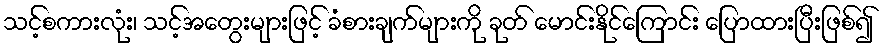
သင့်စကားလုံး၊ သင့်အတွေးများဖြင့် ခံစားချက်များကို ခုတ် မောင်းနိုင်ကြောင်း ပြောထားပြီးဖြစ်၍